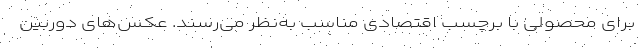
برای محصولی با برچسب اقتصادی مناسب به‌نظر می‌رسند. عکس‌های دوربین